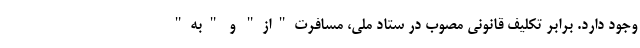
وجود دارد. برابر تکلیف قانونی مصوب در ستاد ملی، مسافرت"از" و "به"